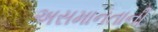
અસમાનતાની